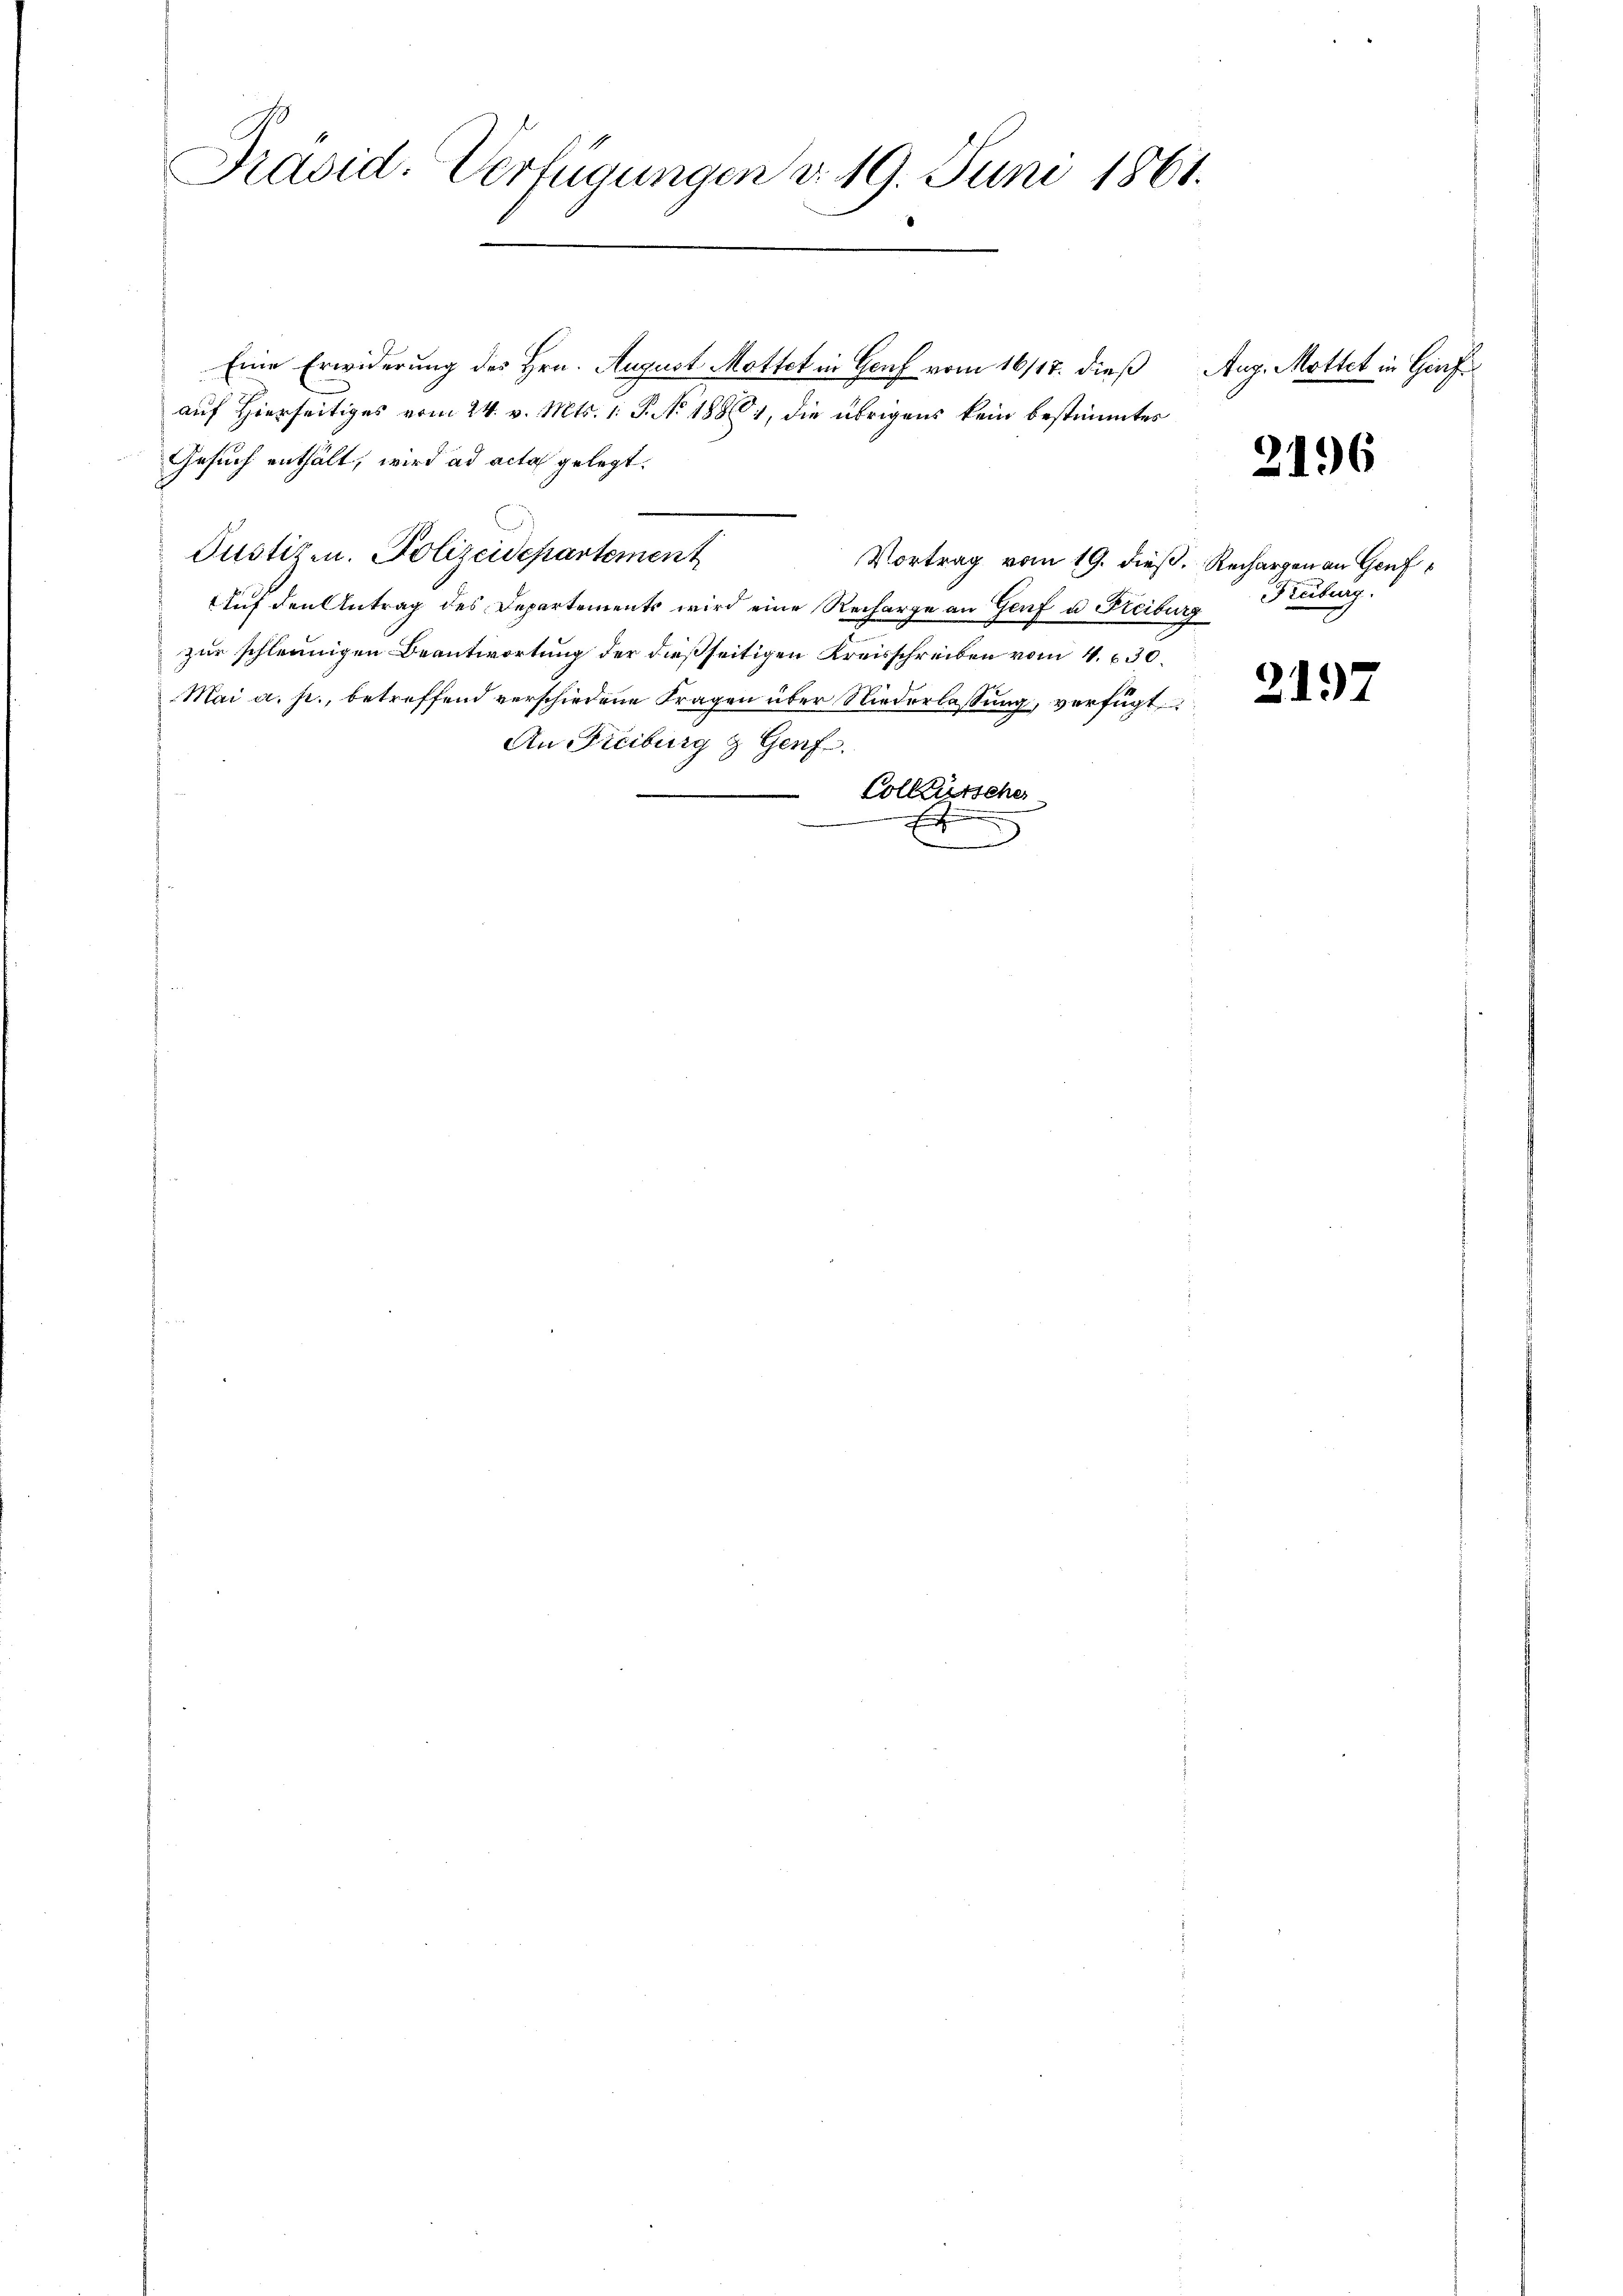
Präsid. Verfügungen d. 19 Juni 1861.
.
w

Eine Erwiderung des Hrn. August Mottet in Genf vom 16/17. dieß
auf Hierseitiges vom 24. v. Mts. 1. P. No 1881, die übrigens kein bestimmtes
Gesuch enthält, wird ad acta gelegt.
e
Vortrag vom 19. dieß. Rechargen an Genf
Auf den Antrag des Departements wird eine Recharge an Genf u. Freiburg Kiburg.
zur schleunigen Beantwortung der dießseitigen Kreisschreiben vom 4. 630.
Mai a. p., betreffend verschiedene Fragen über Niederlassung, verfügt
An Freiburg & Genf.
Colltütscher
E

Justizen. Polizeidepartement

Aug. Mottet in Girf

2196

2197